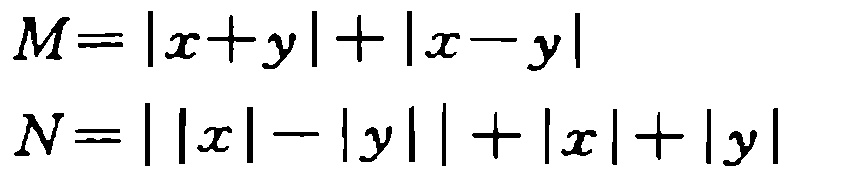
\[

\begin{align*}

M&=|x + y|+|x - y|\\

N&=||x|-|y||+|x|+|y|

\end{align*}

\]